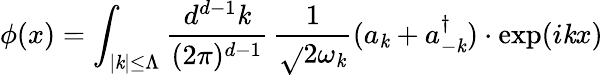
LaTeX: \phi(x)=\int_{|\mathit{k}|\le\Lambda}{\frac{{d^{d-1}\mathit{k}}}{{(2\pi)^{d-1}}}}\, {\frac{{1}}{{\sqrt{}{{2\omega_{\mathit{k}}}}}}}(a_{\mathit{k}}+a_{-\mathit{k}}^{\dagger})\cdot\exp(i\mathit{k}x)